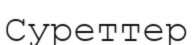
Суреттер